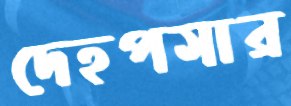
দেহপসার